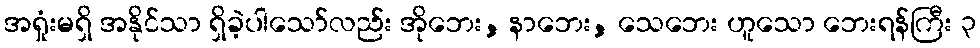
အရှုံးမရှိ အနိုင်သာ ရှိခဲ့ပါသော်လည်း အိုဘေး, နာဘေး, သေဘေး ဟူသော ဘေးရန်ကြီး ၃